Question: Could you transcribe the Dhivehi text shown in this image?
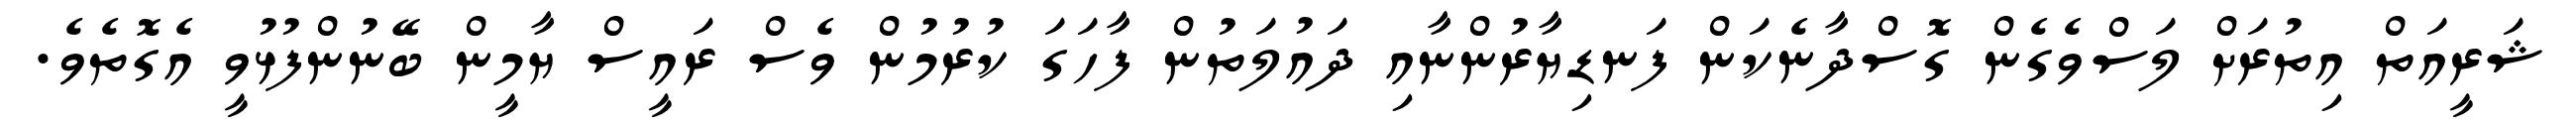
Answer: ޝަރީއަތް އިތުރަށް ލަސްވެގެން ގޮސްދާނެކަން ފަނޑިޔާރުންނާއި ދައުލަތުން ފާހަގަ ކުރުމުން ވެސް ރައީސް ޔާމީން ބޭނުންފުޅުވީ އެގޮތެވެ.